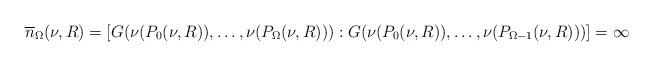
LaTeX: \begin{align*}\overline n_{\Omega}(\nu,R)=[G(\nu(P_0(\nu,R)),\ldots, \nu(P_{\Omega}(\nu,R))):G(\nu(P_0(\nu,R)),\ldots, \nu(P_{\Omega-1}(\nu,R)))]=\infty\end{align*}